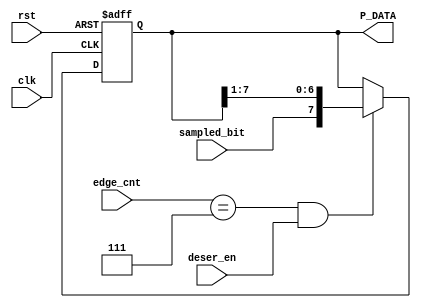
module deserializer #(
    parameter data_width =8
) (
    input wire                  clk                    ,
    input wire                  rst                    ,
    input wire                  deser_en               ,
    input wire                  sampled_bit            ,
    input wire [2:0]            edge_cnt               ,
    output reg [data_width-1:0] P_DATA 
);
always @(posedge clk or negedge rst ) begin
    if (!rst) begin
        P_DATA<='b0;    
    end
    else if (edge_cnt==3'd7 && deser_en) begin
        P_DATA<={sampled_bit,P_DATA[7:1]};
    end
end
endmodule